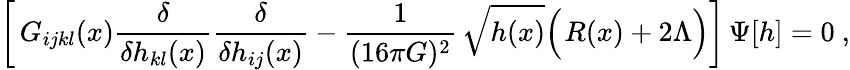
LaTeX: \biggl[\, G_{ijkl}(x)\frac{\delta}{\delta h_{kl}(x)}\frac{\delta}{\delta h_{ij}(x)}-\frac{1}{(16\pi G)^{2}}\, \sqrt{h(x)}\Bigl(\! ~R(x)+2\Lambda\Bigr)\biggr]\, \Psi[h]=0\ ,